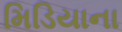
મિડિયાના